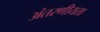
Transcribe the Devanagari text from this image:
अंतरणीयता